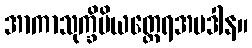
အာကာသုက္ခိပိယတ္ထေရအပဒါန။